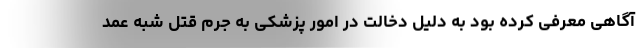
آگاهی معرفی کرده بود به دلیل دخالت در امور پزشکی به جرم قتل شبه عمد